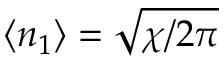
\langle n _ { 1 } \rangle = \sqrt { \chi / 2 \pi }